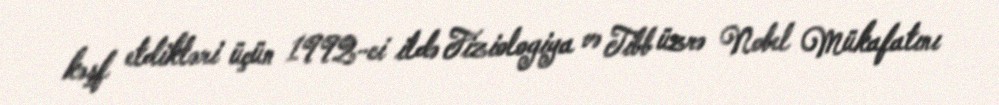
kəşf etdikləri üçün 1992-ci ildə Fiziologiya və Tibb üzrə Nobel Mükafatını